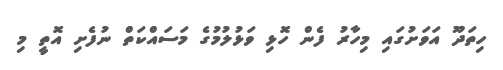
ހިތަދޫ އަވަށުގައި މިހާރު ފެން ހޮޅި ވަޅުލުމުގެ މަސައްކަތް ނުފެށި އޮތީ މި